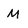
Character: M